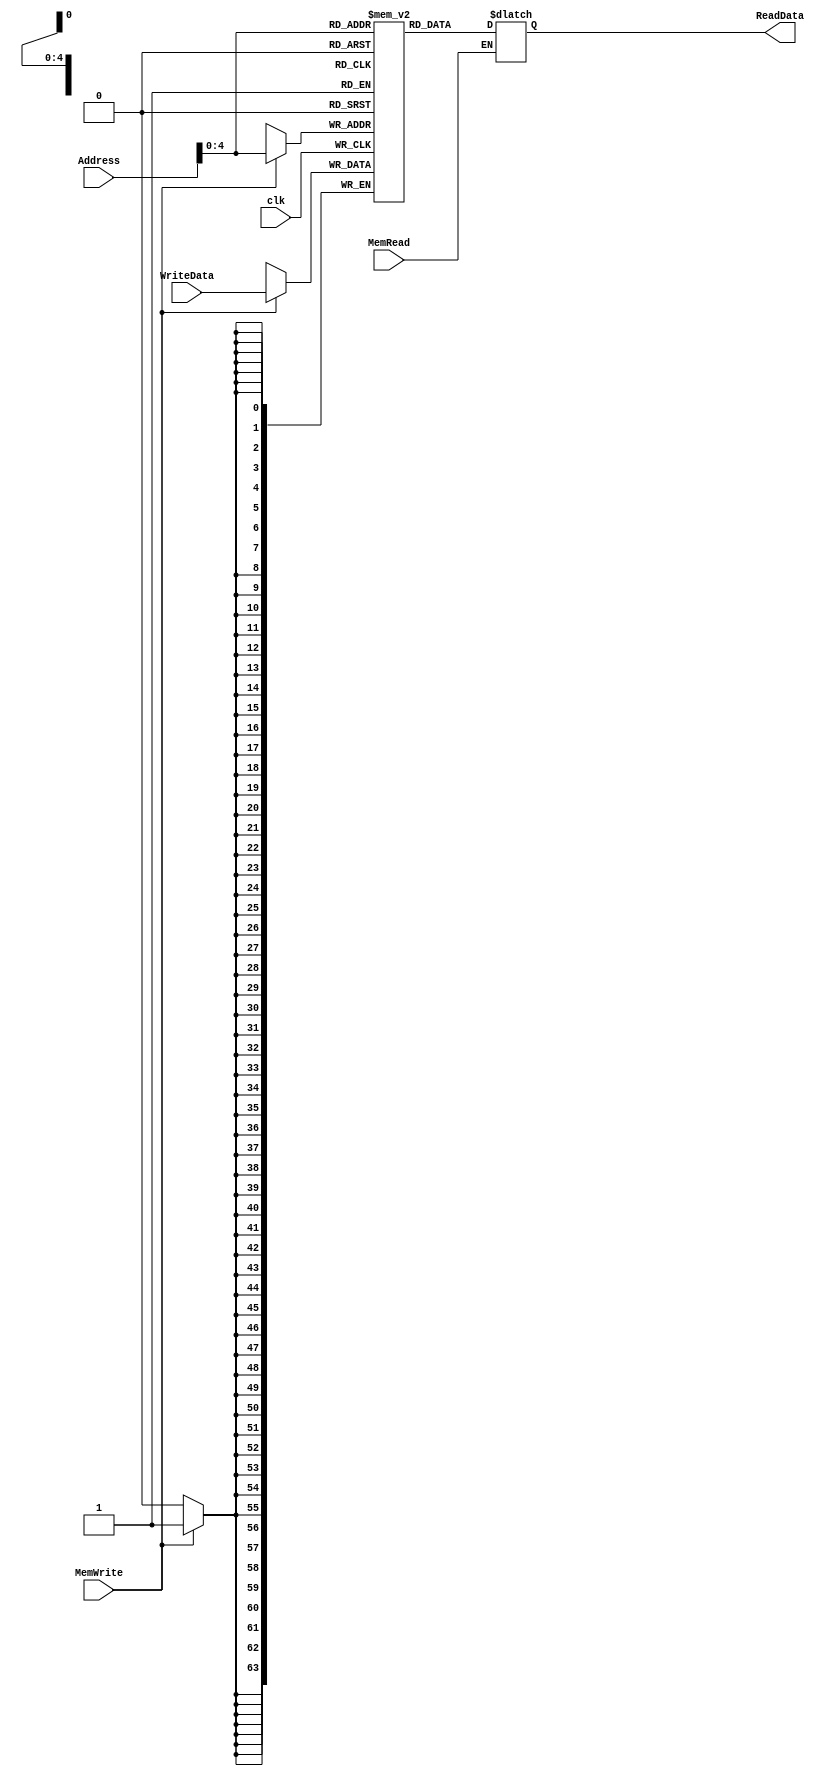
module Data_Memory (clk , Address , WriteData, MemRead, MemWrite, ReadData);

input [63:0] Address;
input [63:0] WriteData;
input MemRead;
input MemWrite;
input clk;

output reg [63:0] ReadData;

reg [63:0] datamemory [31:0];

always@(MemRead)
begin
    if(MemRead==1)
	ReadData <= datamemory[Address[4:0]];
end
always@(posedge clk)
begin
    if(MemWrite==1)
	datamemory[Address[4:0]] <= WriteData;
end

endmodule